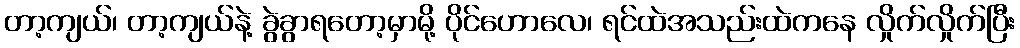
တာ့ကျယ်၊ တာ့ကျယ်နဲ့ ခွဲခွာရတော့မှာမို့ ပိုင်ဟောလေ၊ ရင်ထဲအသည်းထဲကနေ လှိုက်လှိုက်ပြီး